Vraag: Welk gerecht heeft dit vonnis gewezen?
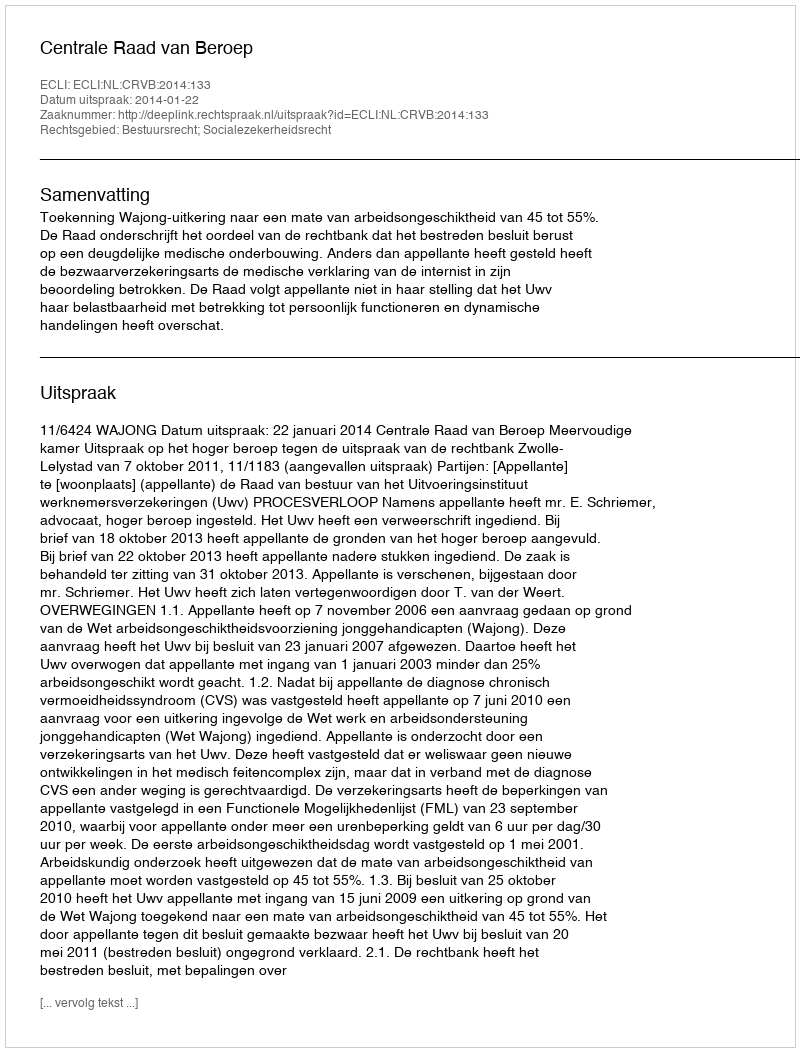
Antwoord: Centrale Raad van Beroep